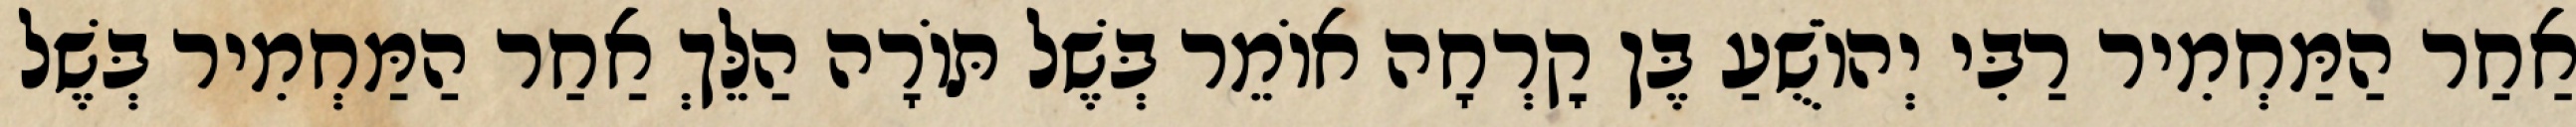
אַחַר הַמַּחְמִיר רַבִּי יְהוֹשֻׁעַ בֶּן קׇרְחָה אוֹמֵר בְּשֶׁל תּוֹרָה הַלֵּךְ אַחַר הַמַּחְמִיר בְּשֶׁל